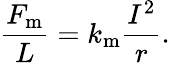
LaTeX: {\frac{F_{\mathrm{m}}}{L}}=k_{\mathrm{m}}{\frac{I^{2}}{r}}.